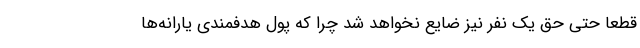
قطعاً حتی حق یک نفر نیز ضایع نخواهد شد چرا که پول هدفمندی یارانه‌ها